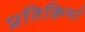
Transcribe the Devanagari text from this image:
प्रतिक्रियां